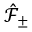
\hat { \mathcal { F } } _ { \pm }